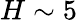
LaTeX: H\sim 5